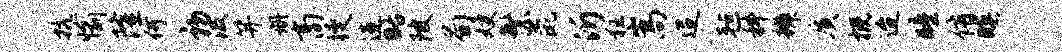
抗愉隆何初汲笄册商躞造略陂荀嫂繁彘沂狂嵩迢毡科辨质概迨瞳侑暝